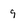
Character: 9